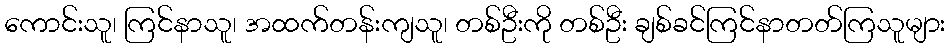
ကောင်းသူ၊ ကြင်နာသူ၊ အထက်တန်းကျသူ၊ တစ်ဦးကို တစ်ဦး ချစ်ခင်ကြင်နာတတ်ကြသူများ